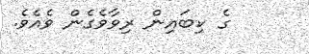
ގެ ކިބައިން ރިވާވެގެން ވެއެވެ.